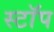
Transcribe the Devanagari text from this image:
स्टाॅप